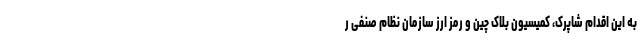
به این اقدام شاپرک، کمیسیون بلاک چین و رمز ارز سازمان نظام صنفی ر